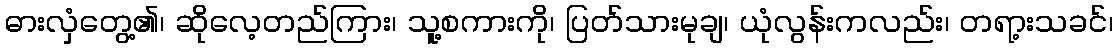
ဓားလှံတွေ့၏၊ ဆိုလေ့တည်ကြား၊ သူ့စကားကို၊ ပြတ်သားမုချ၊ ယုံလွန်းကလည်း၊ တရာ့းသခင်၊